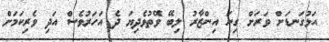
އަޅުގަނޑަށް ވަރަށް ގިނަ އިންޒާރު ލިބޭ ވޭތުވެދިޔަ ދެ އަހަރުވެސް އަދި ވެރިކަމަށް